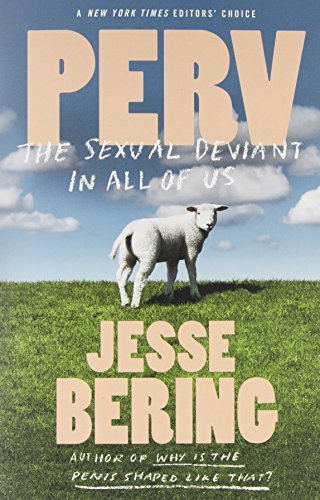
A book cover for Perv: The Sexual Deviant in All of Us; Jesse Bering; Medical Books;